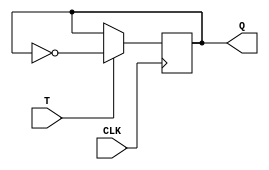
module Tff (
    input wire T,
    input wire CLK,
    output reg Q
);

always @(posedge CLK)
begin
    if (T)
        Q <= ~Q; // Toggle the output state
end

endmodule